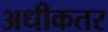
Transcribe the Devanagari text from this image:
अधीकतर